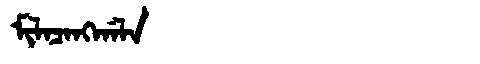
Manchu: ᠮᡳᠯᠠᠴᠠᠩᡤᠠᠯᠠ
Romanization: MILACANGGALA